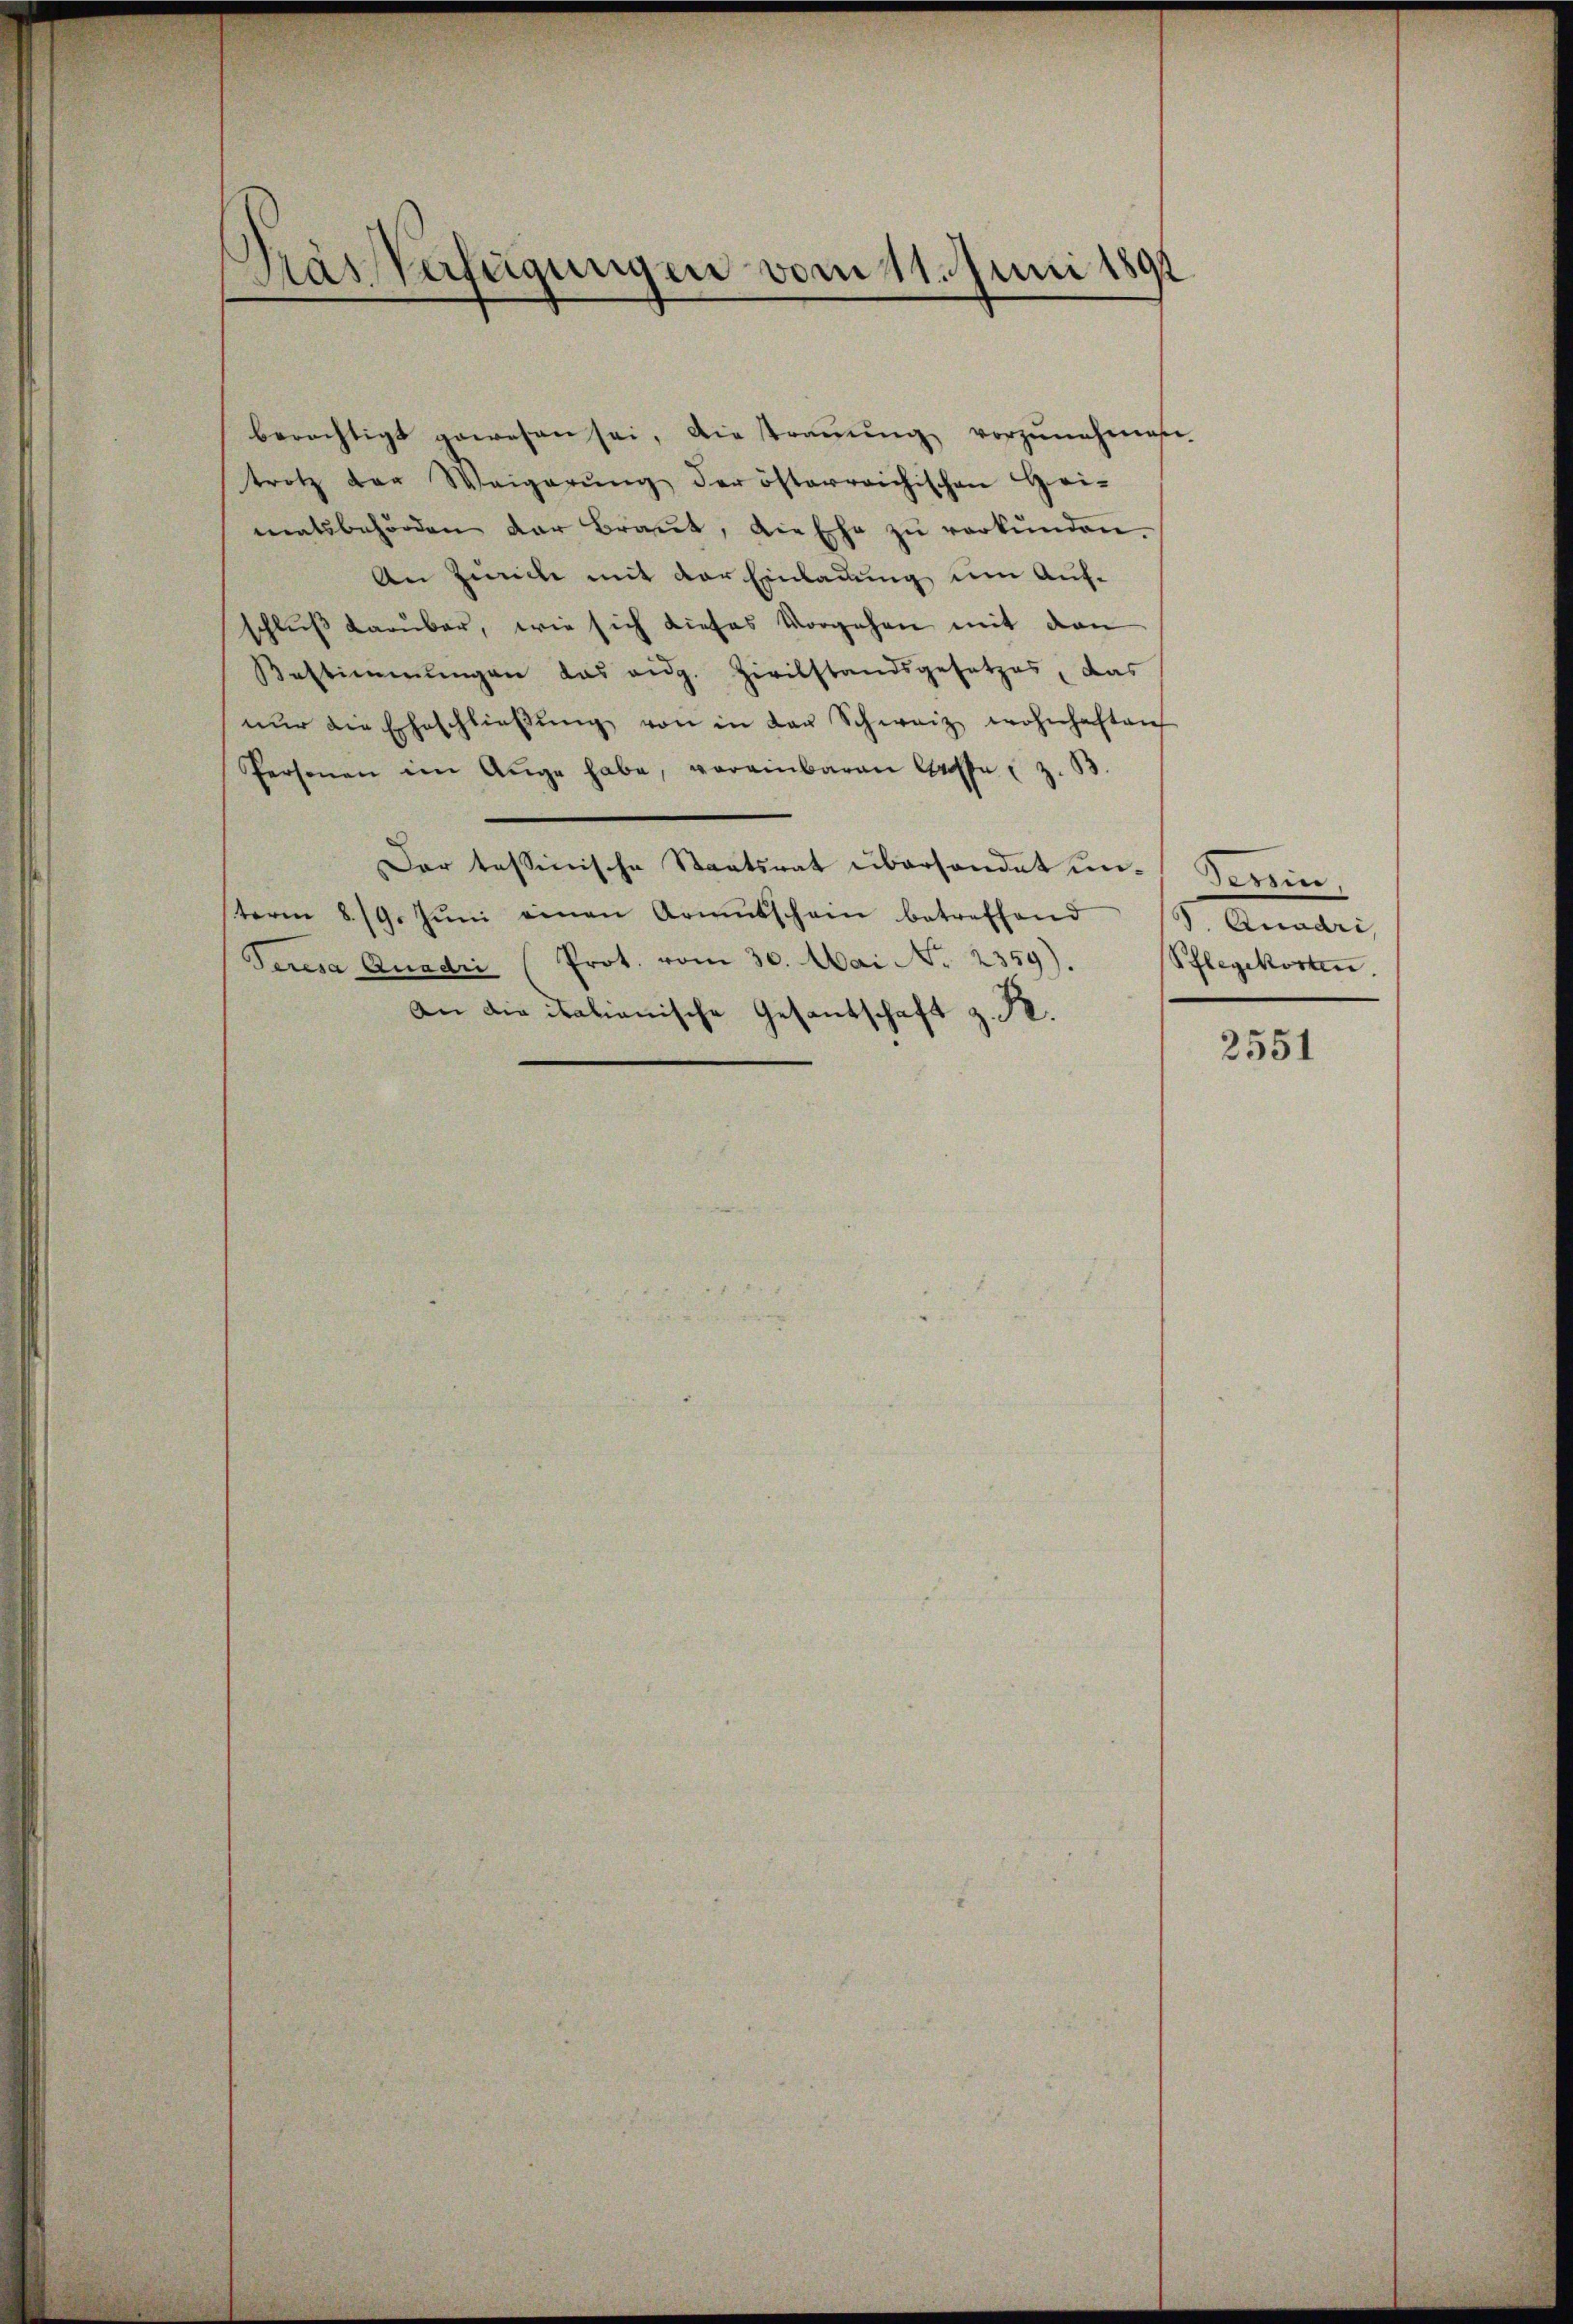
KräsVerfügungen vom 11. Juni 1891

berechtigt gewesen sei, die strauung vorzunehmen
trotz der Weigerŭng der österreichischen Hei-
matsbehörden der Braut, die Ehe zŭ verkünden.
An Zeiche mit der Einladung um Aufschluß darüber, wie sich dieses Vorgehen mit den
Bestimmungen das aug. Zivilstandsgesetzes, das
nŭr die Eheschlieβŭng von in der Schweiz wohnhaften
Personen im Auge habe, vereinbaren Casse z. B.
Dar tessinische Staatsrat überhandet unserein
term 8./9. Jŭni einen Armutschein betreffend
Peresa Quadri (Prot. vom 30. Mai No 2359).
An die italienische Gesandschaft z. R.

3 Quadri,
Pflegekosten.

2551